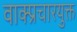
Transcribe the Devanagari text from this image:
वाक्प्रचारयुक्त